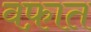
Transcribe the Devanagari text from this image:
वफ़ात